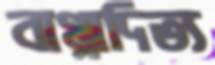
বাপ্পাদিত্য